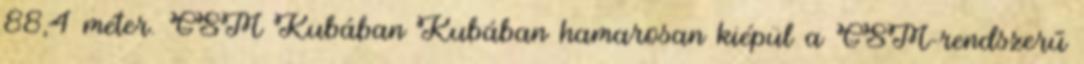
88,4 méter. GSM Kubában Kubában hamarosan kiépül a GSM-rendszerű